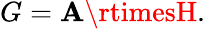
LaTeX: G=\mathbf{A}\rtimesH.